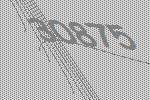
30875